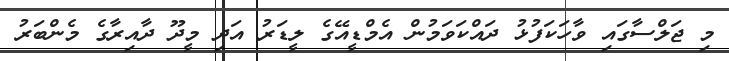
މި ޖަލްސާގައި ވާހަކަފުޅު ދައްކަވަމުން އެމްޑީއޭގެ ލީޑަރު އަދި މީދޫ ދާއިރާގެ މެންބަރު